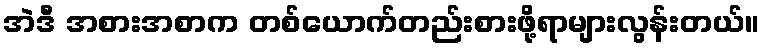
အဲဒီ အစားအစာက တစ်ယောက်တည်းစားဖို့ရာများလွန်းတယ်။